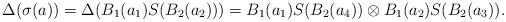
LaTeX: \begin{align*}\Delta(\sigma(a))&=\Delta(B_1(a_1)S(B_2(a_2)))=B_1(a_1)S(B_2(a_4))\otimes B_1(a_2)S(B_2(a_3)).\end{align*}